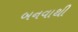
બનવાથી